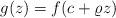
LaTeX: \begin{align*}g(z)=f(c+\varrho z)\end{align*}